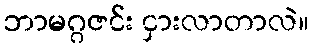
ဘာမဂ္ဂဇင်း ငှားလာတာလဲ။